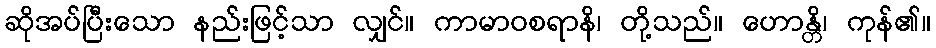
ဆိုအပ်ပြီးသော နည်းဖြင့်သာ လျှင်။ ကာမာဝစရာနိ၊ တို့သည်။ ဟောန္တိ၊ ကုန်၏။